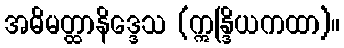
အဓိမတ္ထာနိဒ္ဒေသ (ဣန္ဒြိယကထာ)။